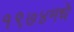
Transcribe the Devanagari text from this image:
१९७४मधे